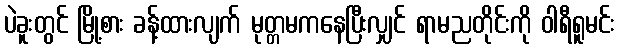
ပဲခူးတွင် မြို့စား ခန့်ထားလျက် မုတ္တမကနေပြီးလျှင် ရာမညတိုင်းကို ဝါရီရူမင်း